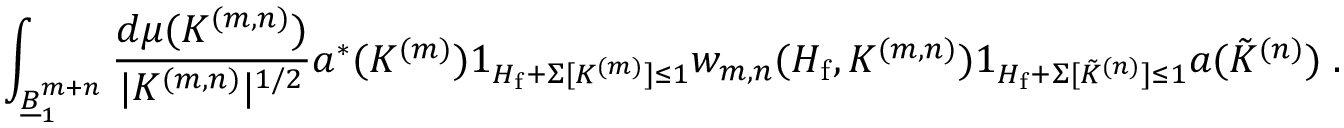
\int _ { \underline { { B } } _ { 1 } ^ { m + n } } \frac { d \mu ( K ^ { ( m , n ) } ) } { | K ^ { ( m , n ) } | ^ { 1 / 2 } } a ^ { * } ( K ^ { ( m ) } ) 1 _ { H _ { \mathrm { f } } + \Sigma [ K ^ { ( m ) } ] \leq 1 } w _ { m , n } ( H _ { \mathrm { f } } , K ^ { ( m , n ) } ) 1 _ { H _ { \mathrm { f } } + \Sigma [ \tilde { K } ^ { ( n ) } ] \leq 1 } a ( \tilde { K } ^ { ( n ) } ) \; .